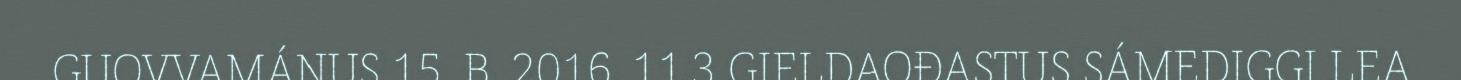
GUOVVAMÁNUS 15. B. 2016. 11.3 GIELDAOĐASTUS SÁMEDIGGI LEA